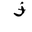
Letter: _zay